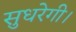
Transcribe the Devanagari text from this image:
सुधरेगी।